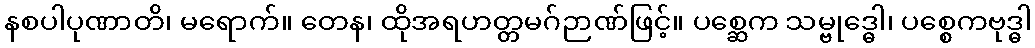
နစပါပုဏာတိ၊ မရောက်။ တေန၊ ထိုအရဟတ္တမဂ်ဉာဏ်ဖြင့်။ ပစ္ဆေက သမ္ဗုဒ္ဓေါ၊ ပစ္စေကဗုဒ္ဓါ